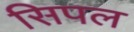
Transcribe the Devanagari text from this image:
सिपल